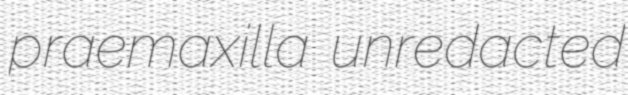
praemaxilla unredacted